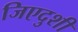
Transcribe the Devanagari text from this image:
जिएदुशी